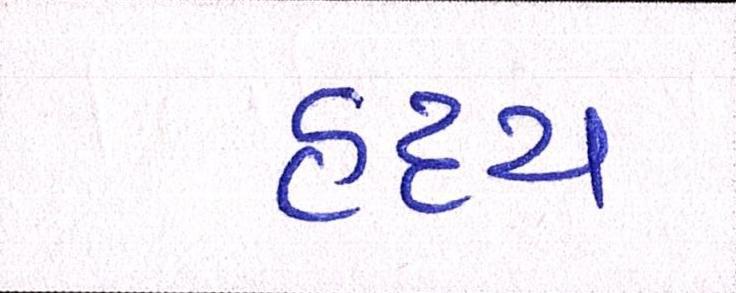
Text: હૃદય